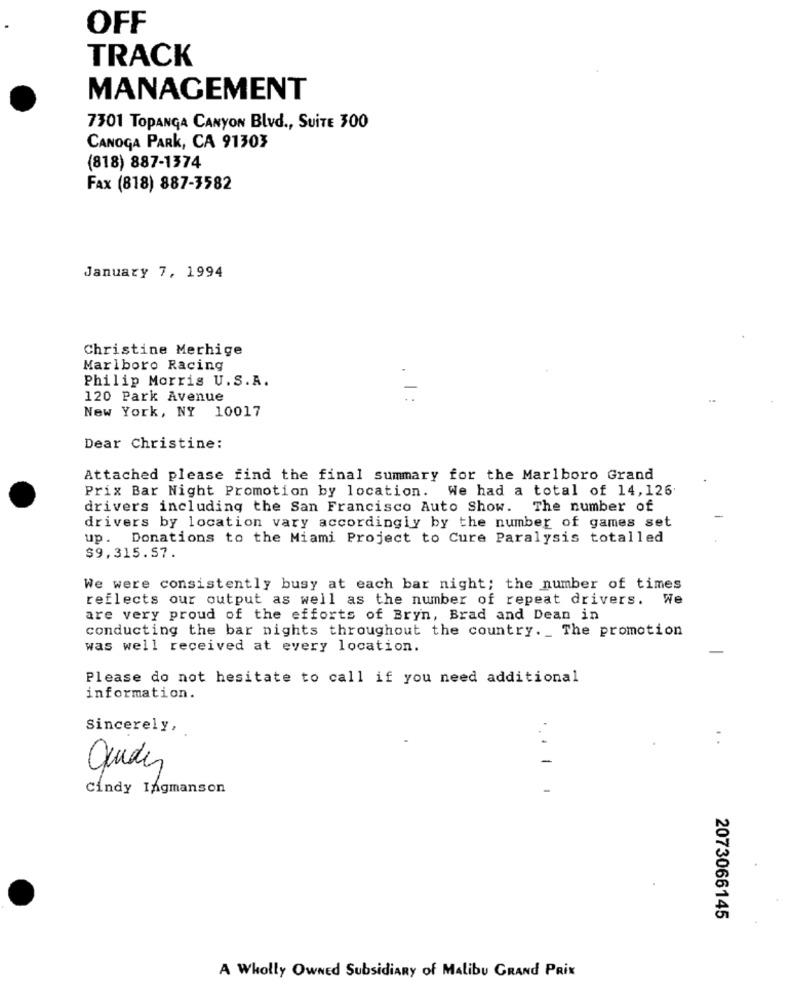
OFF
TRACK
MANAGEMENT
7301 TOPANGA CANYON Blvd ., SUITE 30O
CANOGA PARK, CA 91303
(818) 887-1374
Fax (818) 887-7582
January 7, 1994
Christine Merhige
Marlboro Racing
Philip Morris U.S.A.
120 Park Avenue
-
New York, NY 10017
Dear Christine:
Attached please find the final summary for the Marlboro Grand
Prix Bar Night Promotion by location. We had a total of 14,126.
drivers including the San Francisco Auto Show. The number of
drivers by location vary accordingly by the number of games set
up. Donations to the Miami Project to Cure Paralysis totalled
$9,315.57.
We were consistently busy at each bar night; the number of times
reflects our output as well as the number of repeat drivers. We
are very proud of the efforts of Bryn, Brad and Dean in
conducting the bar nights throughout the country. _ The promotion
was well received at every location.
Please do not hesitate to call if you need additional
information.
Sincerely,
. .
guides
....
Cindy Ingmanson
2073066145
A Wholly Owned Subsidiary of Malibu GRAND PRIX